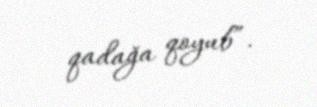
qadağa qoyub”.